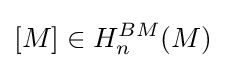
[M]\in H_{n}^{BM}(M)